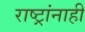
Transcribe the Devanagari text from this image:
राष्ट्रांनाही